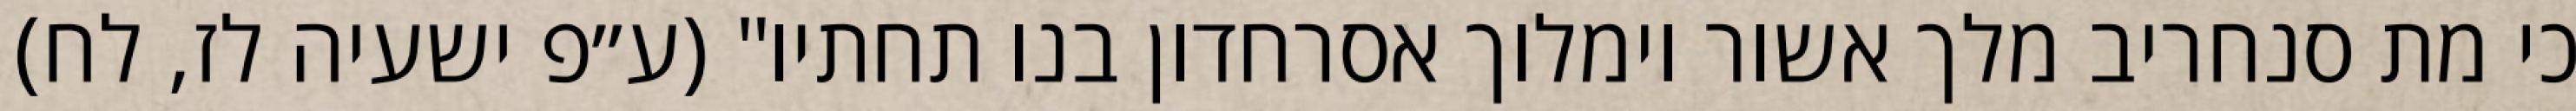
כי מת סנחריב מלך אשור וימלוך אסרחדון בנו תחתיו" (ע״פ ישעיה לז, לח)